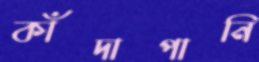
কাঁদাপানি